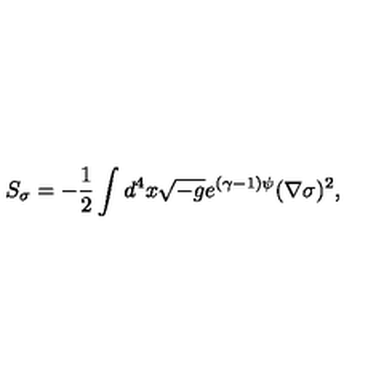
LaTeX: S _ { \sigma } = - \frac { 1 } { 2 } \int d ^ { 4 } x \sqrt { - g } e ^ { ( \gamma - 1 ) \psi } ( \nabla \sigma ) ^ { 2 } ,